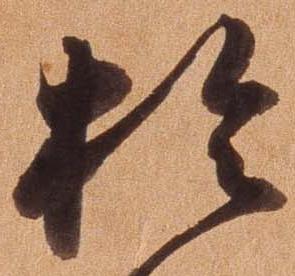
於